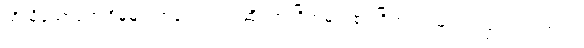
ထိုသို့သောတွေ့ရှိမှုများအနက် သက်ဆိုင်ရာ ဂြိုဟ်များ၏ ဂြိုဟ်ရံလများလည်း အပါအဝင်